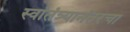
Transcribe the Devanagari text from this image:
स्वातंत्र्यानंतरचा